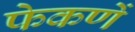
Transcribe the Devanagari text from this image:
फेकणें